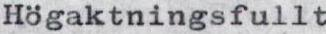
Högaktningsfullt